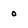
Character: 0